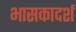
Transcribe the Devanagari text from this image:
भासकादर्श